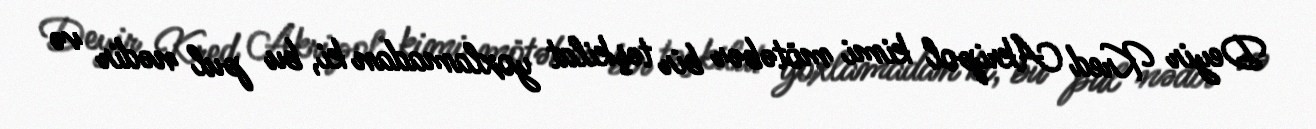
Deyir Kred Akripol kimi mötəbər bir təşkilat yoxlamadan ki, bu pul nədir və